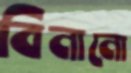
বিনানো